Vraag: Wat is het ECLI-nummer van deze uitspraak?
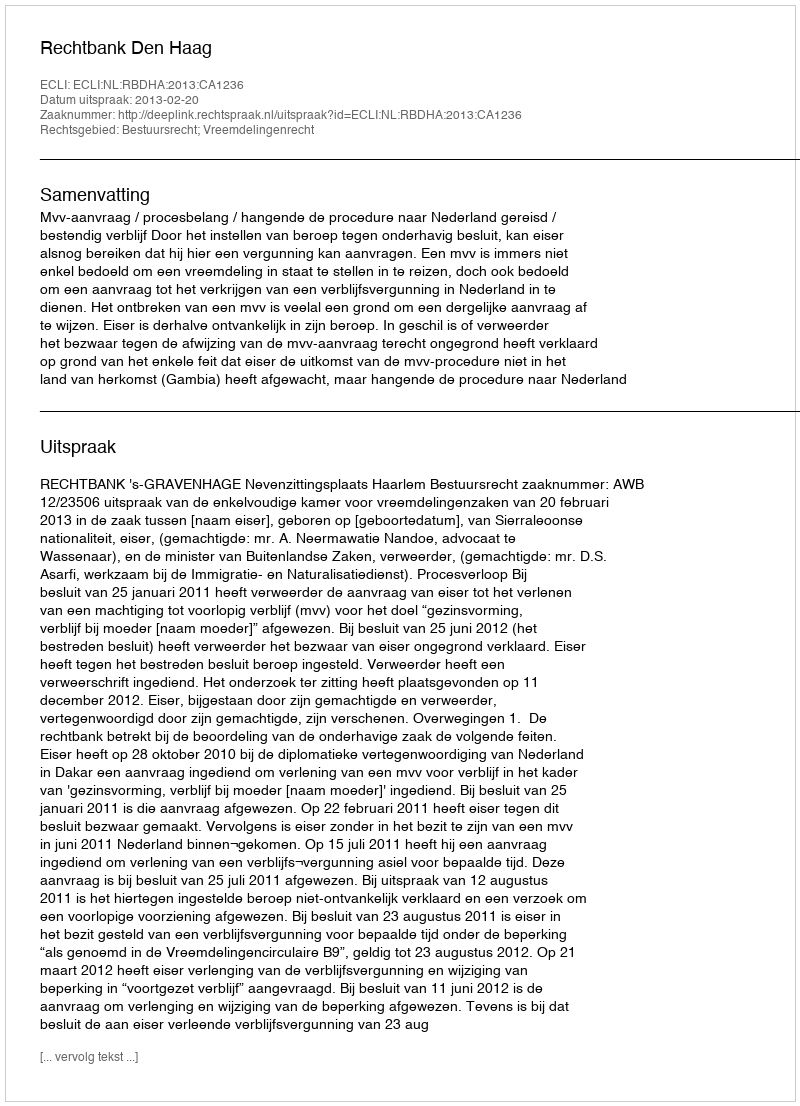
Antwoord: ECLI:NL:RBDHA:2013:CA1236